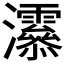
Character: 𤅒